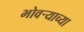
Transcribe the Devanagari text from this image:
भोवर्‍याच्या